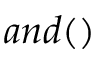
a n d ( )